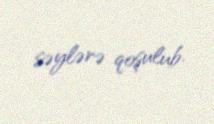
səylərə qoşulub.